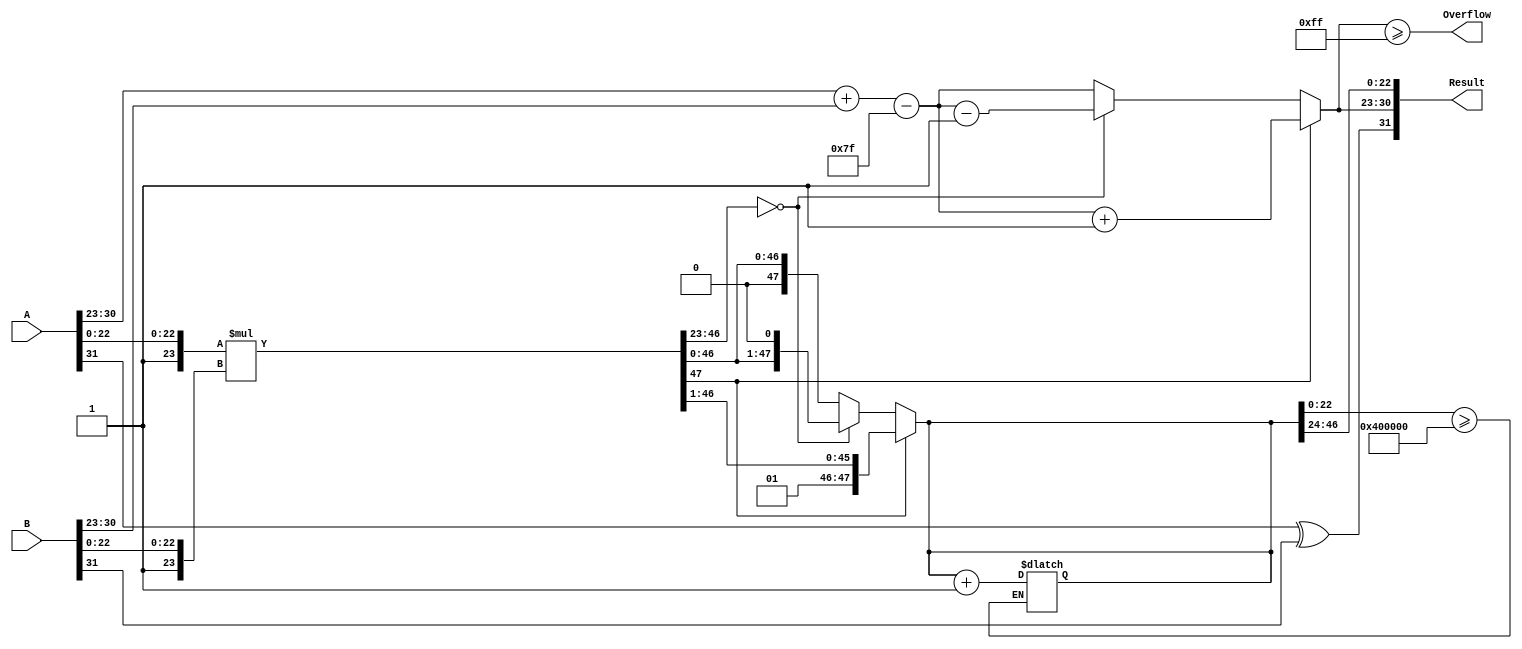
module floating_point_multiplier (
    input  wire [31:0] A,          // First floating-point input
    input  wire [31:0] B,          // Second floating-point input
    output reg  [31:0] Result,     // Output floating-point result
    output reg  Overflow            // Overflow flag
);

    // Constants
    localparam BIAS = 8'd127;
    localparam EXPONENT_BITS = 8;
    localparam MANTISSA_BITS = 23;

    // Internal signals
    wire [7:0] expA, expB;         // Exponents of A and B
    wire [23:0] mantA, mantB;      // Mantissas of A and B with implicit leading 1
    reg [47:0] mant_product;        // Product of mantissas (48 bits for overflow)
    reg [7:0] exp_result;           // Result exponent
    reg sign_result;                // Result sign

    // Extract sign, exponent and mantissa
    assign signA = A[31];
    assign signB = B[31];
    assign expA = A[30:23];
    assign expB = B[30:23];
    assign mantA = {1'b1, A[22:0]}; // Implicit leading 1 for A
    assign mantB = {1'b1, B[22:0]}; // Implicit leading 1 for B

    // Multiply mantissas
    always @(*) begin
        mant_product = mantA * mantB;

        // Calculate the resulting exponent
        exp_result = expA + expB - BIAS;

        // Check for normalization
        if (mant_product[47]) begin
            // Normalization: Shift right
            mant_product = mant_product >> 1;
            exp_result = exp_result + 1;
        end else if (mant_product[46:23] == 0) begin
            // Normalization: Shift left
            mant_product = mant_product << 1;
            exp_result = exp_result - 1;
        end
    end

    // Rounding logic (round to nearest even)
    always @(*) begin
        if (mant_product[22:0] >= 23'b10000000000000000000000) begin
            mant_product = mant_product + 1;
        end
    end

    // Construct the final result
    always @(*) begin
        sign_result = signA ^ signB; // XOR for sign
        Result = {sign_result, exp_result[7:0], mant_product[46:24]}; // 24 bits for mantissa
        Overflow = (exp_result >= 8'd255); // Overflow flag
    end

endmodule